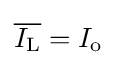
{\overline {I_{\text{L}}}}=I_{\text{o}}